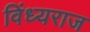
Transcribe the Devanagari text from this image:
विंध्यराज